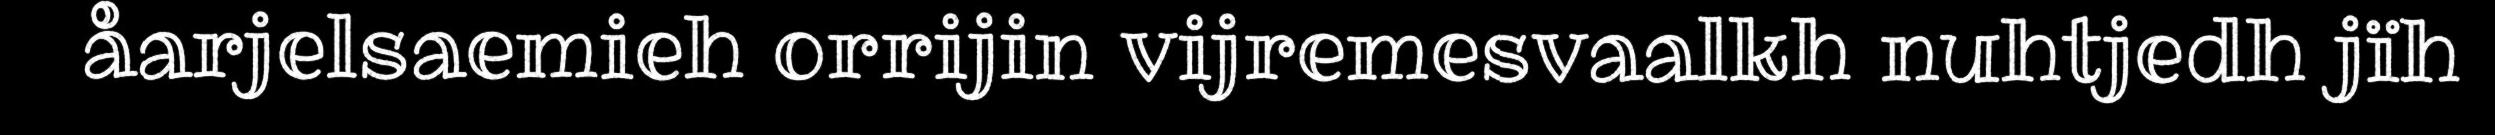
åarjelsaemieh orrijin vijremesvaalkh nuhtjedh jïh